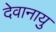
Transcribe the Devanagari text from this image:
देवानायु